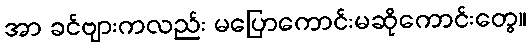
အာ ခင်ဗျားကလည်း မပြောကောင်းမဆိုကောင်းတွေ။